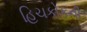
હિચકોકની